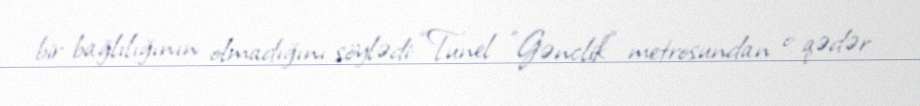
bir bağlılığının olmadığını söylədi: “Tunel ”Gənclik" metrosundan o qədər